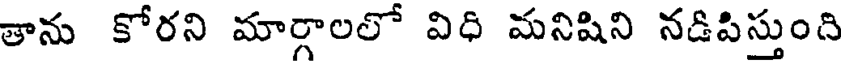
తాను కోరని మార్గాలలో విధి మనిషిని నడిపిస్తుంది